Medical and sanitary report on the native army of Bombay for the year
Year: 1879
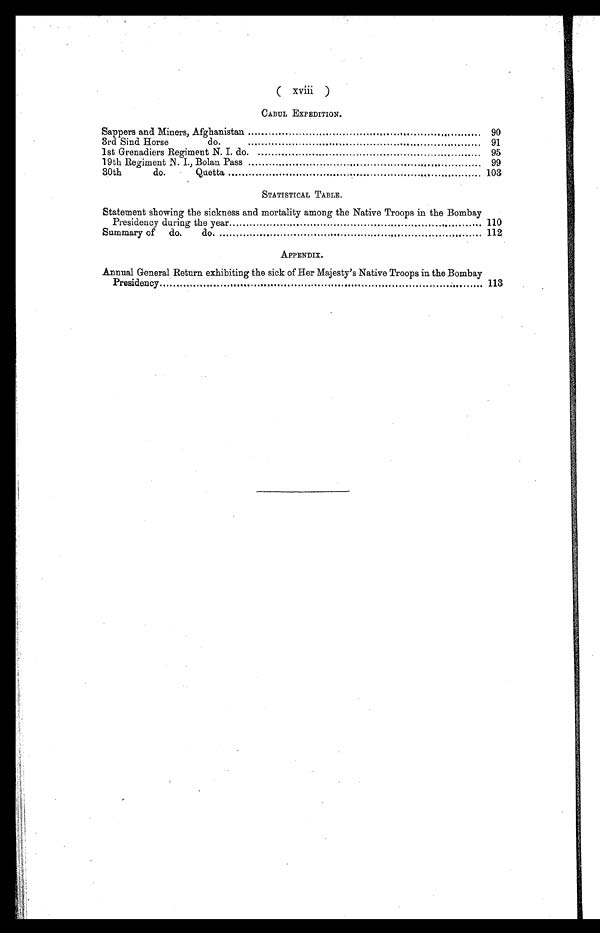
(
xviii
)
CABUL EXPEDITION.
Sappers and Miners, Afghanistan
90
3rd Sind Horse do. 91
1st Grenadiers Regiment N. I. do.
95
19th Regiment N. I., Bolan Pass
.....
99
30th do. Quetta
103
STATISTICAL TABLE.
Statement showing the sickness and mortality among the Native Troops in the Bombay
Presidency during the year
..
110
Summary of do.
do.
.
112
APPENDIX.
Annual General Return exhibiting the sick of Her Majesty's Native Troops in the Bombay
Presidency
113